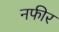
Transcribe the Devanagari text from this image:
नफीर